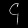
Digit: ၄